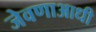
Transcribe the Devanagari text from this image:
जेवणाआधी